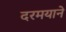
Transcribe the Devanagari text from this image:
दरमयाने